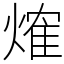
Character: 𤌍